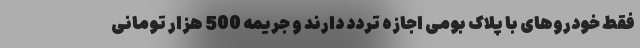
فقط خودروهای با پلاک بومی اجازه تردد دارند و جریمه 500 هزار تومانی